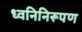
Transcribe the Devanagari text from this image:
ध्वनिनिरूपण